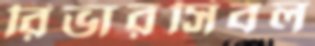
রিভারসিবল